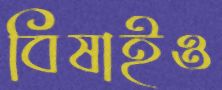
বিষাইও